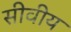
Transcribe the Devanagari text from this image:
सीवीय